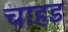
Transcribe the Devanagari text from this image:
चाहड